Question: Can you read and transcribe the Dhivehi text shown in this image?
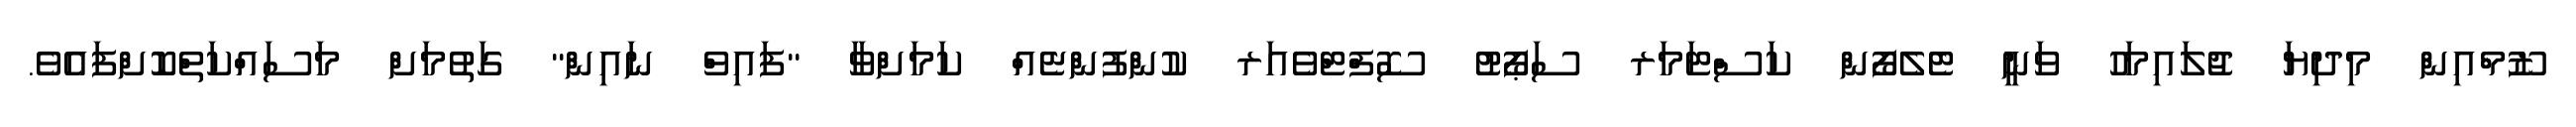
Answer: ޒޫމްއިން މިދިޔަ ޖުލައިމަހު ވަނީ ޓެލެފޯން ކަސްޓަމަރ ސަޕޯޓު ސޮފްޓްވެއަރ ކުންފުންޏެއް ކަމަށްވާ "ފައިވް ނައިން" ގަތުމަށް މަސައްކަތްކޮށްފައެވެ.